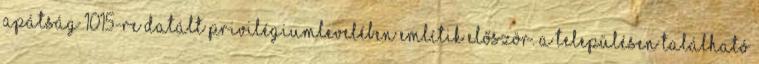
apátság 1015-re datált privilégiumlevelében említik először. A településen található